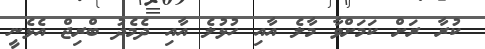
ކުރާ ރަށް ކަމަށްވާ މާލެ އާއި ހުޅުލެ އާއި ދެމެދު ބްރިޖް އެޅެނީ